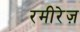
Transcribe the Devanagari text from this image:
रमीरेज़